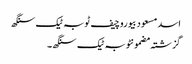
اسد مسعود بیوروچیف ٹوبہ ٹیک سنگھ
گزشتہ مضمونٹوبہ ٹیک سنگھ ۔